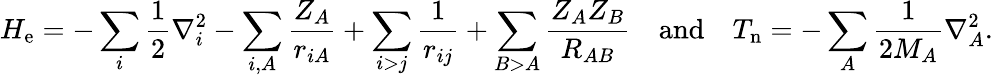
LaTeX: H_{\mathrm{e}}=-\sum_{i}{{\frac{1}{2}}\nabla_{i}^{2}}-\sum_{i,A}{\frac{Z_{A}}{r_{iA}}}+\sum_{i>j}{\frac{1}{r_{ij}}}+\sum_{B>A}{\frac{Z_{A}Z_{B}}{R_{AB}}}\quad{\mathrm{and}}\quad T_{\mathrm{n}}=-\sum_{A}{{\frac{1}{2M_{A}}}\nabla_{A}^{2}}.